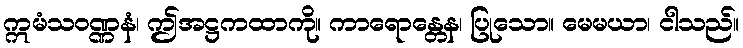
ဣမံသဝဏ္ဏနံ၊ ဤအဋ္ဌကထာကို။ ကာရောန္တေန၊ ပြုသော။ မေမယာ၊ ငါသည်။